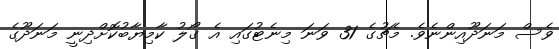
ވެސް މަނަދޫއިންނެވެ. މެޗުގެ 31 ވަނަ މިނެޓުގައި އެ ގޯލު ކާމިޔާބުކޮށްދިނީ މަނަދޫގެ